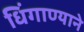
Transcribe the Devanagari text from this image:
धिंगाण्याने